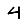
Digit: 4